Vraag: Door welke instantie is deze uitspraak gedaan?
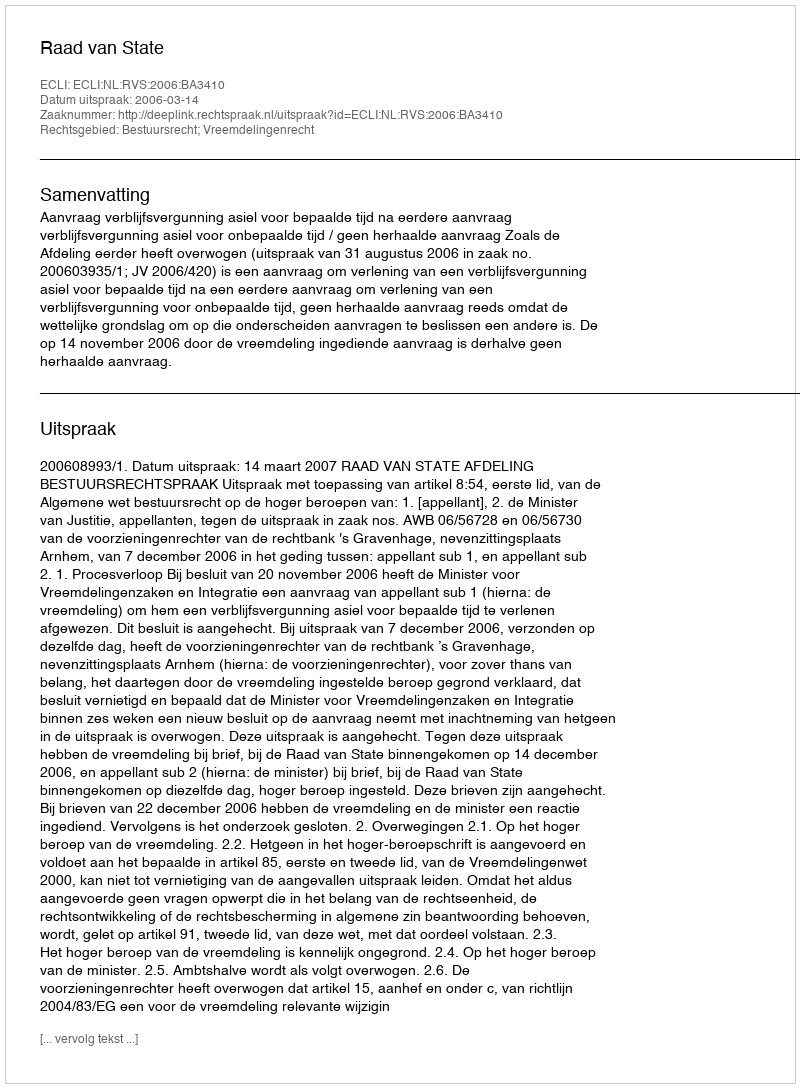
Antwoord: Raad van State